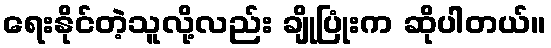
ရေးနိုင်တဲ့သူလို့လည်း ချိုပြုံးက ဆိုပါတယ်။